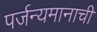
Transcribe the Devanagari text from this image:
पर्जन्यमानाची